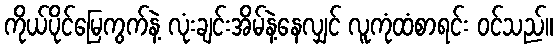
ကိုယ်ပိုင်မြေကွက်နဲ့ လုံးချင်းအိမ်နဲ့နေလျှင် လူကုံထံစာရင်း ဝင်သည်။